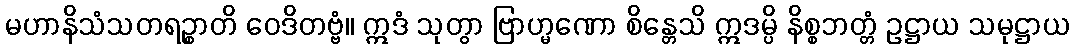
မဟာနိသံသတရဉ္စာတိ ဝေဒိတဗ္ဗံ။ ဣဒံ သုတွာ ဗြာဟ္မဏော စိန္တေသိ ဣဒမ္ပိ နိစ္စဘတ္တံ ဥဋ္ဌာယ သမုဋ္ဌာယ